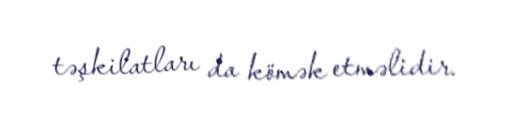
təşkilatları da kömək etməlidir.